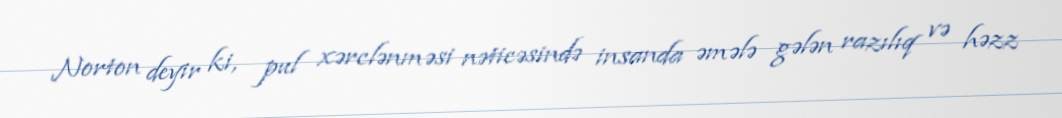
Norton deyir ki, pul xərclənməsi nəticəsində insanda əmələ gələn razılıq və həzz